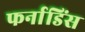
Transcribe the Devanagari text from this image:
फर्नाडिंस